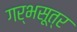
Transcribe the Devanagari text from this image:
गर्भसूत्र